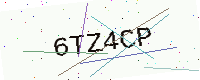
Text: 6TZ4CP